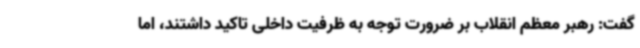
گفت: رهبر معظم انقلاب بر ضرورت توجه به ظرفیت داخلی تاکید داشتند، اما